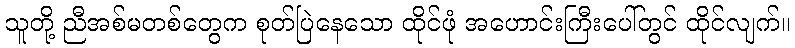
သူတို့ ညီအစ်မတစ်တွေက စုတ်ပြဲနေသော ထိုင်ဖုံ အဟောင်းကြီးပေါ်တွင် ထိုင်လျက်။